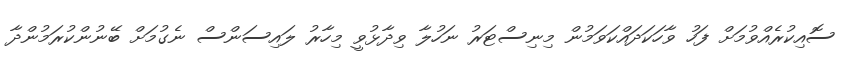
ސޮއިކުރެއްވުމަށް ފަހު ވާހަކަދައްކަވަމުން މިނިސްޓަރު ނަހުލާ ވިދާޅުވީ މިހާރު ލައިސަންސް ނެގުމަށް ބޭނުންކުރަމުންދާ